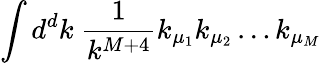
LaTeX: \int d^{d}k\ \frac{1}{k^{M+4}}k_{\mu_{1}}k_{\mu_{2}}\ldots k_{\mu_{M}}